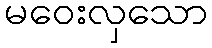
မဝေးလှသော